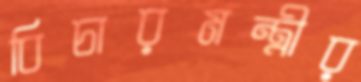
বিচারমন্ত্রীর